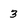
Character: 3